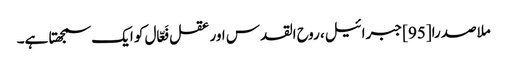
ملاصدرا[95] جبرائیل، روح القدس اور عقل فَعّال کو ایک سمجھتا ہے۔